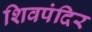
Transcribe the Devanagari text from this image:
शिवपंदिर